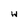
Character: 4